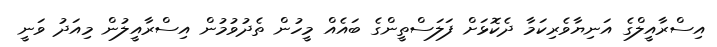
އިސްރާއީލްގެ އަނިޔާވެރިކަމާ ދެކޮޅަށް ފަލަސްތީންގެ ބައެއް މީހުން ތެދުވުމުން އިސްރާއީލުން މިއަދު ވަނީ